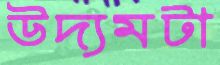
উদ্যমটা